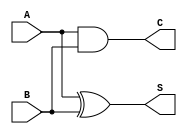
module CarryLookaheadHalfAdder (
    input wire A,     // First input bit
    input wire B,     // Second input bit
    output wire S,    // Sum output
    output wire C     // Carry output
);

// Logic for Sum Calculation
assign S = A ^ B;    // Sum is A XOR B

// Logic for Carry Calculation
assign C = A & B;    // Carry is A AND B

endmodule